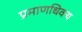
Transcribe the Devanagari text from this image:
प्रमाणधिक्य